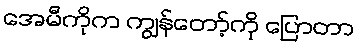
အေမီကိုက ကျွန်တော့်ကို ပြောတာ